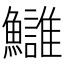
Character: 𩽀